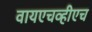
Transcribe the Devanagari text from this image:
वायएचव्हीएच